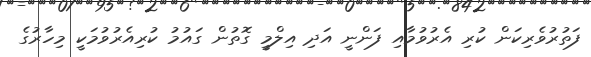
ފަތުރުވެރިކަން ކުރި އެރުވުމާއި ފަންނީ އަދި އިލްމީ ގޮތުން ގައުމު ކުރިއެރުވުމަކީ މިހާރުގެ